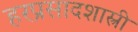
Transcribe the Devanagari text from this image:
हरप्रसादशास्त्री